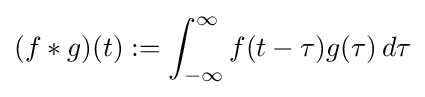
(f*g)(t):=\int _{-\infty }^{\infty }f(t-\tau )g(\tau )\,d\tau